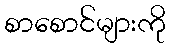
စာစောင်များကို